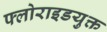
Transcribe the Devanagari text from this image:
फ्लोराइडयुक्त